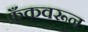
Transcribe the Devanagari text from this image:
फ्रँकवरून